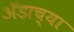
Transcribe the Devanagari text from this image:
ॲडाच्या